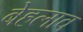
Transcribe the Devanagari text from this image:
बेहलाव